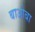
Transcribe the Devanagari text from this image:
बाओबा